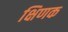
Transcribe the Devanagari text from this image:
क्षिणक